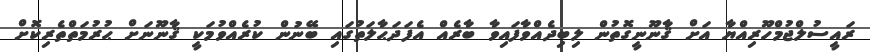
ރައީސުލްޖުމްހޫރިއްޔާ އަށް ޤާނޫނީގޮތުން ލިބިދެއްވާފައިވާ ބާރެއް އެފަދަޙާލަތުގައި ބޭނުން ކުރެއްވުމަކީ ޤާނޫނަށް ޙުރުމަތްތެރިކޮށް